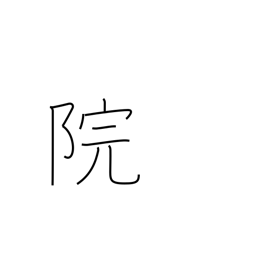
Meaning: temple